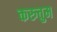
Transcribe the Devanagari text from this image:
करुत्तुम